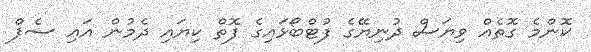
ކޮންމެ ގޮތެއް ވިޔަސް ދުނިޔޭގެ ފުޓްބޯޅައިގެ ފޮތް ކިޔައި ދެމުން އައި ސެޕް